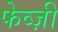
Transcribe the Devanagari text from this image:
फेव्ज़ी